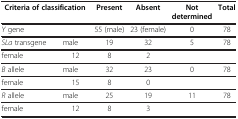
<table><thead><tr><td colspan="2"><b>Criteria of classification</b></td><td><b>Present</b></td><td><b>Absent</b></td><td><b>Not determined</b></td><td><b>Total</b></td></tr></thead><tbody><tr><td colspan="2"><i>Y</i> gene</td><td>55 (male)</td><td>23 (female)</td><td>0</td><td>78</td></tr><tr><td><i>SLa</i> transgene</td><td>male</td><td>19</td><td>32</td><td>5</td><td>78</td></tr><tr><td>female</td><td>12</td><td>8</td><td>2</td><td> </td><td> </td></tr><tr><td><i>B</i> allele</td><td>male</td><td>32</td><td>23</td><td>0</td><td>78</td></tr><tr><td>female</td><td>15</td><td>8</td><td>0</td><td> </td><td> </td></tr><tr><td><i>R</i> allele</td><td>male</td><td>25</td><td>19</td><td>11</td><td>78</td></tr><tr><td>female</td><td> </td><td>12</td><td>8</td><td>3</td><td> </td><td> </td></tr></tbody></table>